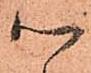
以